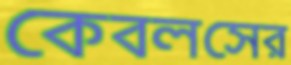
কেবলসের